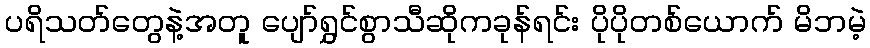
ပရိသတ်တွေနဲ့အတူ ပျော်ရွှင်စွာသီဆိုကခုန်ရင်း ပိုပိုတစ်ယောက် မိဘမဲ့